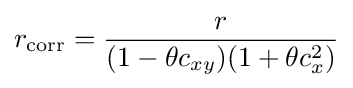
r_{\mathrm {corr} }={\frac {r}{(1-\theta c_{xy})(1+\theta c_{x}^{2})}}